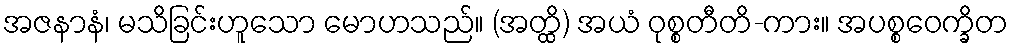
အဇနာနံ၊ မသိခြင်းဟူသော မောဟသည်။ (အတ္ထိ) အယံ ဝုစ္စတီတိ-ကား။ အပစ္စဝေက္ခိတ